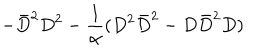
- \bar { D } ^ { 2 } D ^ { 2 } - { \frac { 1 } { \alpha } } ( D ^ { 2 } \bar { D } ^ { 2 } - D \bar { D } ^ { 2 } D )